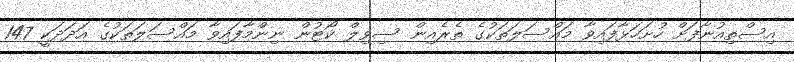
އިސްތިއުނާފަށް ހުށަހަޅާފައިވާ މައްސަލަތަކުގެ ތެރެއިން ސިވިލް ކޯޓުން ނިންމާފައިވާ މައްސަލަތަކުގެ އަދަދަކީ 147